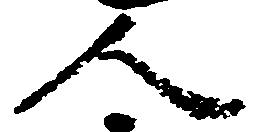
人